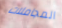
المجاملات